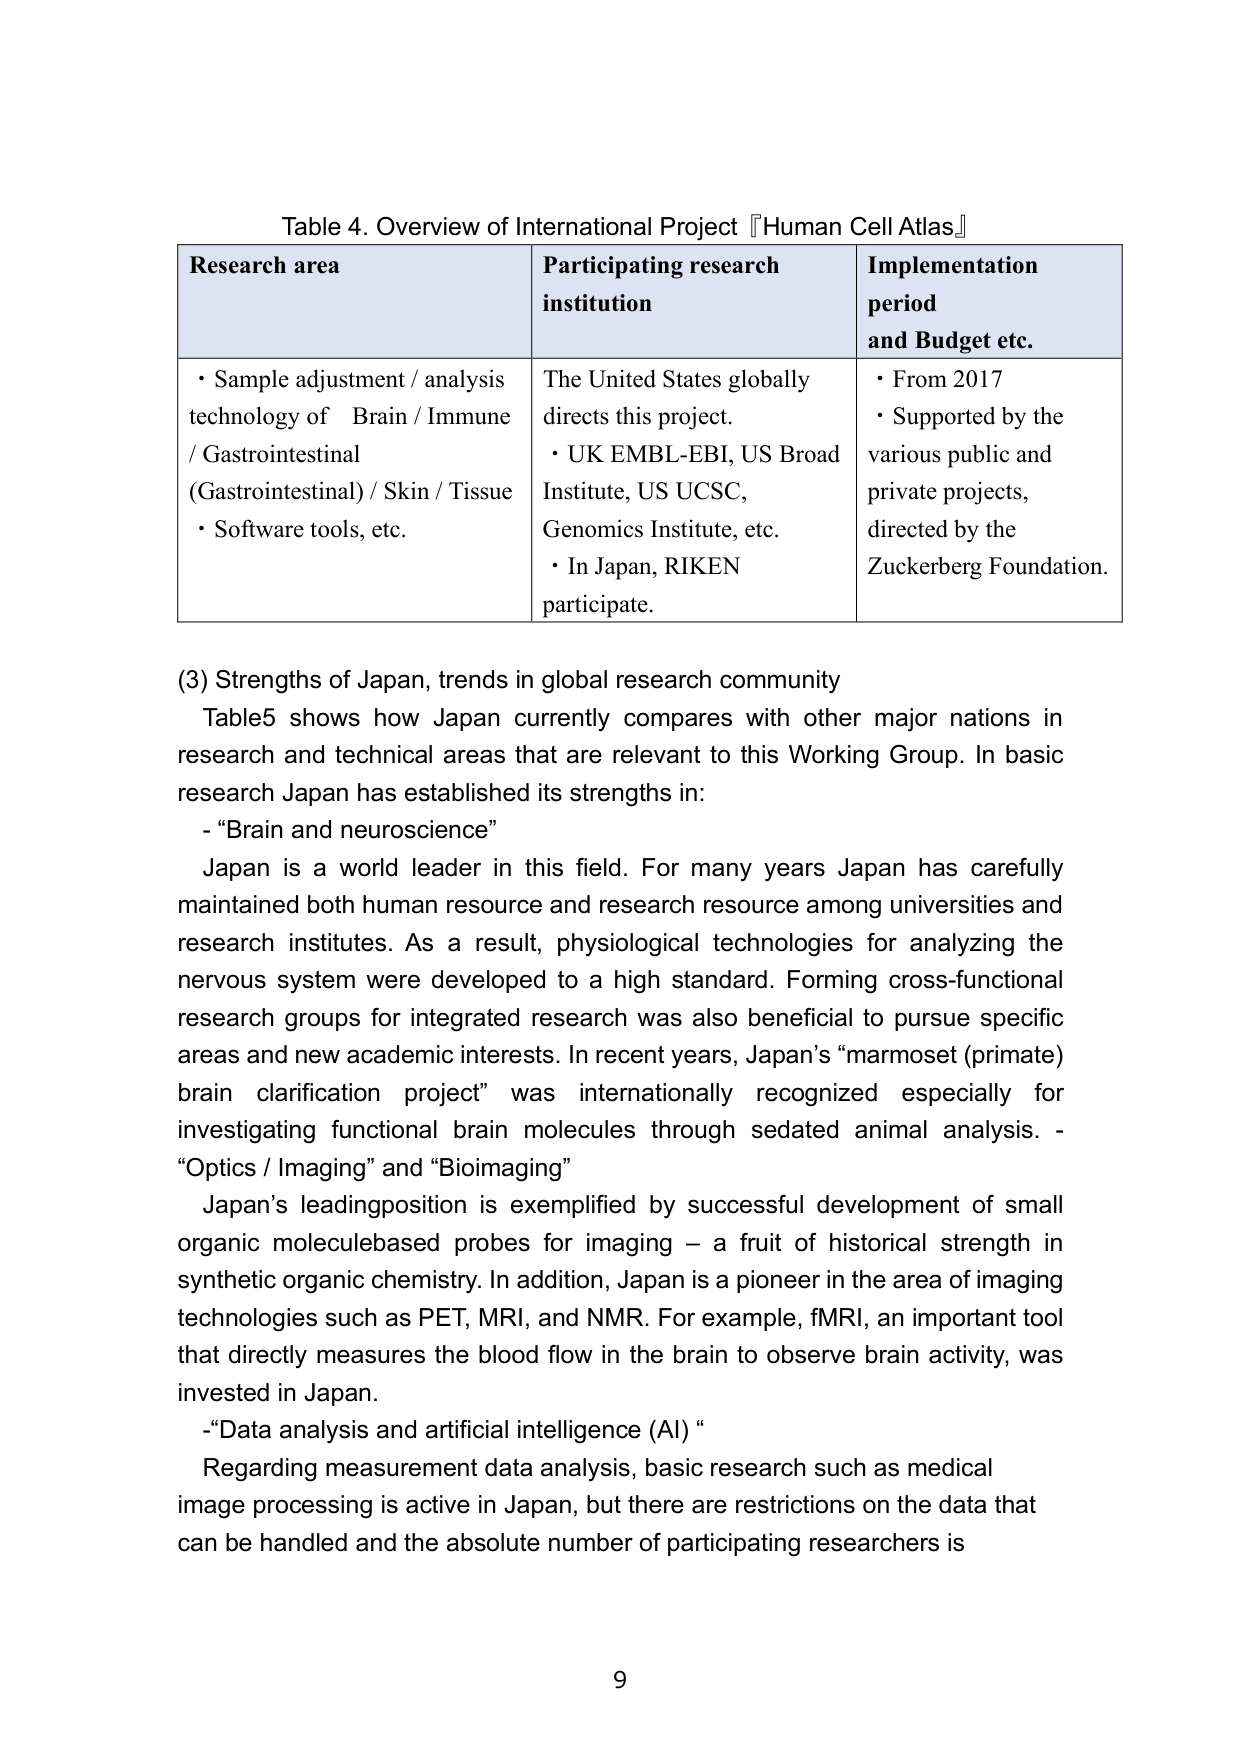
Table 4. Overview of International Project 『Human Cell Atlas』

Research area
• Sample adjustment / analysis technology of Brain / Immune / Gastrointestinal (Gastrointestinal) / Skin / Tissue
• Software tools, etc.

Participating research institution
The United States globally directs this project.
• UK EMBL-EBI, US Broad Institute, US UCSC, Genomics Institute, etc.
• In Japan, RIKEN participate.

Implementation period and Budget etc.
• From 2017
• Supported by the various public and private projects, directed by the Zuckerberg Foundation.

(3) Strengths of Japan, trends in global research community
Table5 shows how Japan currently compares with other major nations in research and technical areas that are relevant to this Working Group. In basic research Japan has established its strengths in:
- “Brain and neuroscience”
Japan is a world leader in this field. For many years Japan has carefully maintained both human resource and research resource among universities and research institutes. As a result, physiological technologies for analyzing the nervous system were developed to a high standard. Forming cross-functional research groups for integrated research was also beneficial to pursue specific areas and new academic interests. In recent years, Japan’s “marmoset (primate) brain clarification project” was internationally recognized especially for investigating functional brain molecules through sedated animal analysis. - “Optics / Imaging” and “Bioimaging”
Japan’s leading position is exemplified by successful development of small organic molecule-based probes for imaging – a fruit of historical strength in synthetic organic chemistry. In addition, Japan is a pioneer in the area of imaging technologies such as PET, MRI, and NMR. For example, fMRI, an important tool that directly measures the blood flow in the brain to observe brain activity, was invented in Japan.
- “Data analysis and artificial intelligence (AI)”
Regarding measurement data analysis, basic research such as medical image processing is active in Japan, but there are restrictions on the data that can be handled and the absolute number of participating researchers is

9